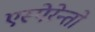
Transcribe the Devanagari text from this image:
एस्पेरेन्तो